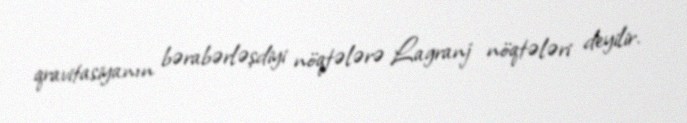
qravitasiyanın bərabərləşdiyi nöqtələrə Lagranj nöqtələri deyilir.